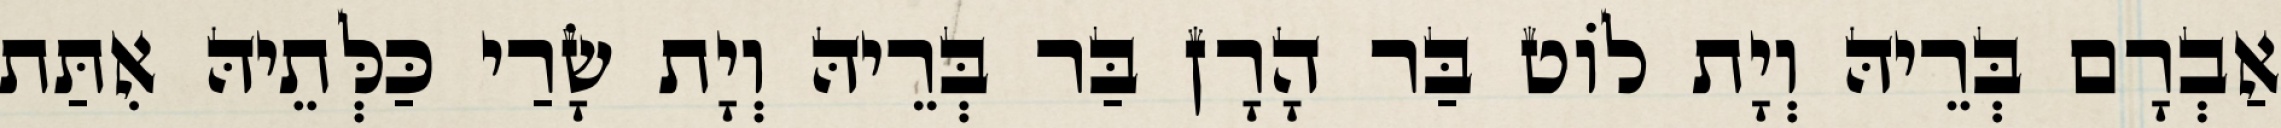
אַבְרָם בְּרֵיהּ וְיָת לוֹט בַּר הָרָן בַּר בְּרֵיהּ וְיָת שָׂרַי כַּלְּתֵיהּ אִתַּת